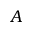
\boldsymbol A